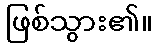
ဖြစ်သွား၏။